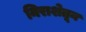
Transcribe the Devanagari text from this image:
निराशेतून